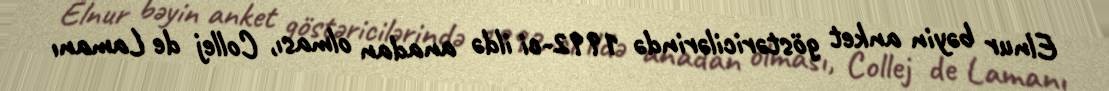
Elnur bəyin anket göstəricilərində 1992-ci ildə anadan olması, Collej de Lamanı